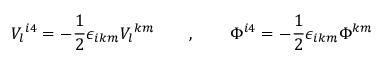
V _ { l } { } ^ { i 4 } = - { \frac { 1 } { 2 } } \epsilon _ { i k m } V _ { l } { } ^ { k m } \qquad , \qquad \Phi ^ { i 4 } = - { \frac { 1 } { 2 } } \epsilon _ { i k m } \Phi { } ^ { k m }